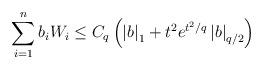
LaTeX: \begin{align*}\sum_{i=1}^nb_iW_i\leq C_q\left(\left\vert b\right\vert _1+t^2e^{t^2/q}\left\vert b\right\vert_{q/2}\right)\end{align*}